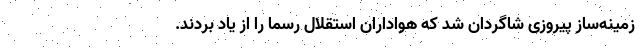
زمینه‌ساز پیروزی شاگردان شد که هواداران استقلال رسماً را از یاد بردند.